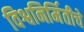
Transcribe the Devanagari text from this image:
विश्वनिर्मितीचे